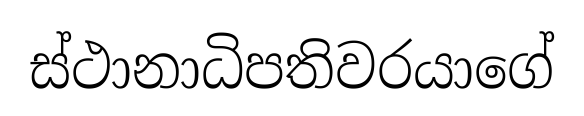
ස්ථානාධිපතිවරයාගේ